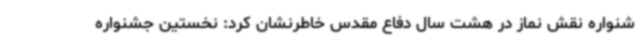
شنواره نقش نماز در هشت سال دفاع مقدس خاطرنشان کرد: نخستین جشنواره